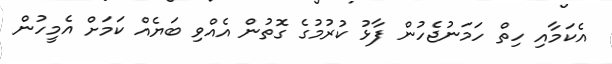
އެކަމާއި ހިތް ހަމަނުޖެހުން ފާޅު ކުރުމުގެ ގޮތުން އެއްވި ބަޔެއް ކަމަށް އެމީހުން